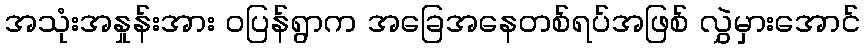
အသုံးအနှုန်းအား ဝပြန်ရွာက အခြေအနေတစ်ရပ်အဖြစ် လွှဲမှားအောင်